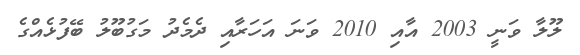
ލޫލާ ވަނީ 2003 އާއި 2010 ވަނަ އަހަރާއި ދެމެދު މަގުބޫލު ބޭފުޅެއްގެ